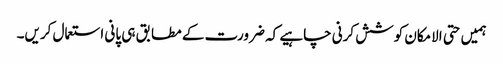
ہمیں حتی الامکان کوشش کرنی چاہیے کہ ضرورت کے مطابق ہی پانی استعمال کریں۔